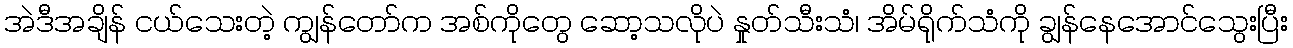
အဲဒီအချိန် ငယ်သေးတဲ့ ကျွန်တော်က အစ်ကိုတွေ ဆော့သလိုပဲ နှုတ်သီးသံ၊ အိမ်ရိုက်သံကို ချွန်နေအောင်သွေးပြီး